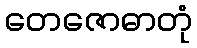
တေဇောဓာတုံ